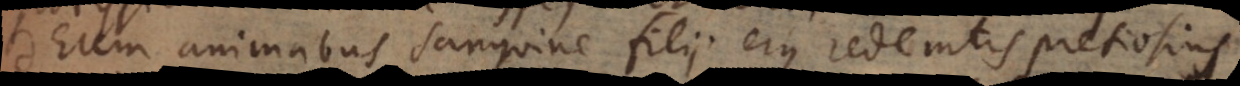
Deum animabus sanguine filii ejus redemtis pretiosius